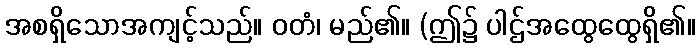
အစရှိသောအကျင့်သည်။ ဝတံ၊ မည်၏။ (ဤ၌ ပါဌ်အထွေထွေရှိ၏။